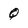
Character: Q